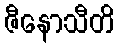
ဇီနောသီတိ